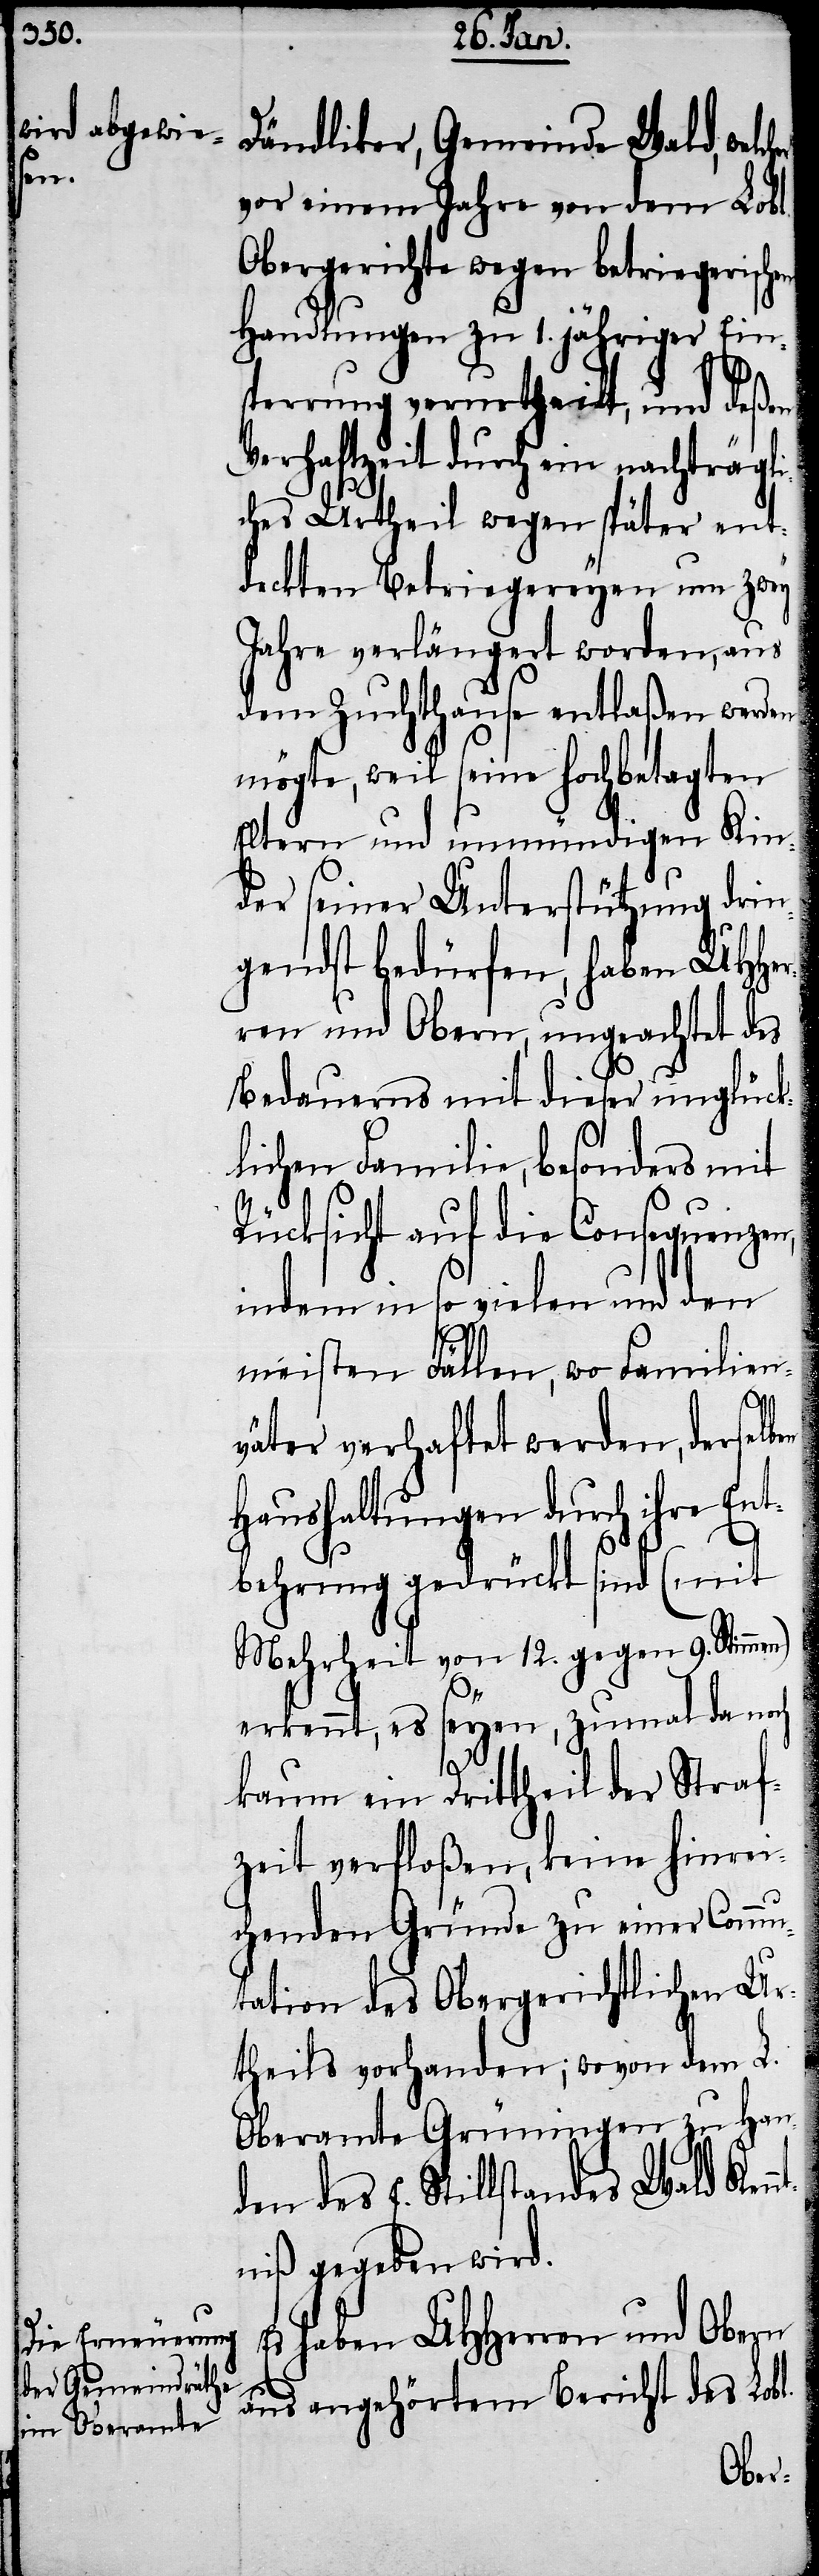
nt¬

Dändliker, Gemeinde Wald, welc¬
vor einem Jahre von dem Lobl.
Obergerichte wegen betriegerischen
Handlungen zu 1. jähriger Ein¬
sperrung verurtheilt, und deßen
Verhaftzeit durch ein nachträg¬
ches Urtheil wegen später ent¬
deckten Betriegereyen um zwey
Jahre verlängert worden, aus
dem Zuchthause entlaßen werden
mögte, weil seine hochbetagten
Eltern und unmündigen Kin¬
der seiner Unterstützung drin¬
gendst bedürfen, haben UHHer¬
ren und Obern, ungeachtet des
Bedauerns mit dieser unglück¬
lichen Familie, besonders mit
Rücksicht auf die Consequenzen,
indem in so vielen und den
meisten Fällen, wo Familien¬
väter verhaftet werden, derselb¬
Haushaltungen durch ihre Ent¬
behrung gedrückt sind (mit
Mehrheit von 12. gegen 9. Stimmen)
erkennt, es seyen, zumal da noch
kaum ein Drittheil der Straf¬
zeit verfloßen, keine hinrei¬
chenden Gründe zu einer Commu¬
tation des Obergerichtlichen Ur¬
theils vorhanden; wovon dem L.
Oberamte Grüningen zu Han¬
den des E. Stillstandes Wald Ken¬
niß gegeben wird.
Es haben UHHerren und Obern
aus angehörtem Bericht des Lobl.